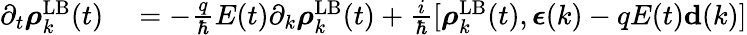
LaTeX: \begin{array}{rl}{\partial_{t}\boldsymbol{\rho}_{k}^{\mathrm{LB}}(t)}&{{}=-\frac{q}{\hbar}E(t)\partial_{k}\boldsymbol{\rho}_{k}^{\mathrm{LB}}(t)+\frac{i}{\hbar}[\boldsymbol{\rho}_{k}^{\mathrm{LB}}(t),{\boldsymbol\epsilon}(k)-qE(t){\mathbf d}(k)]}\end{array}